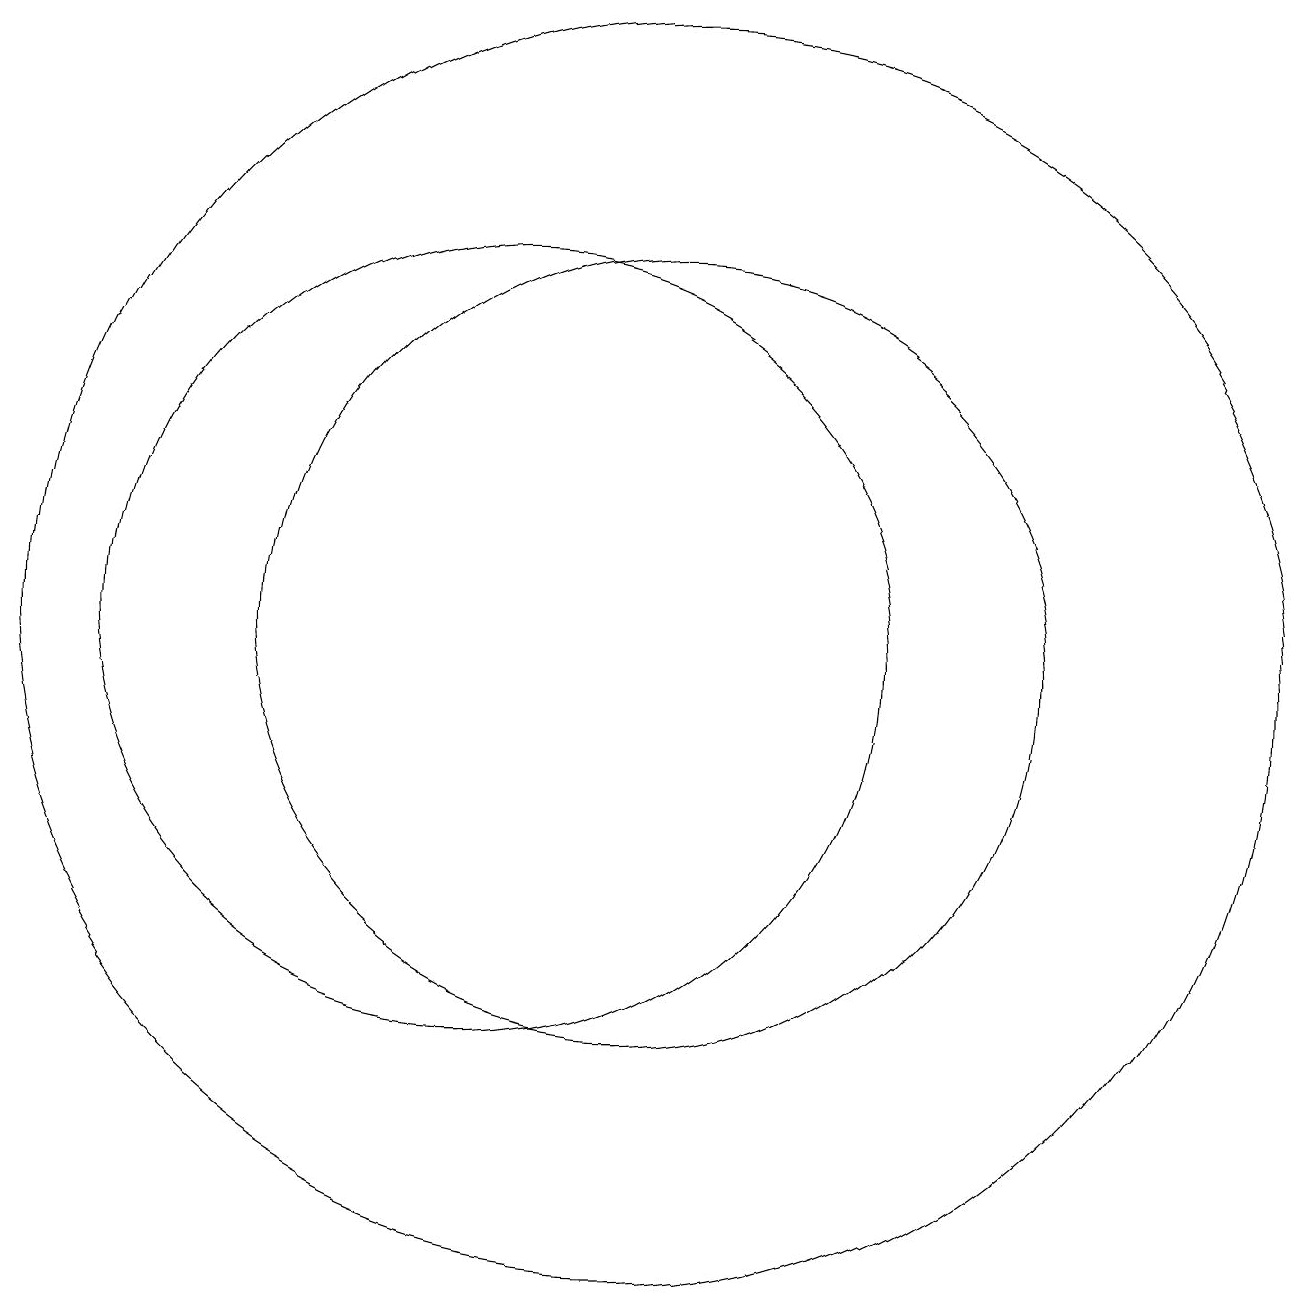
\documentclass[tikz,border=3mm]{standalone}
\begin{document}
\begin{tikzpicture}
\draw (10,12) circle (5);
\draw (12,12) circle (8);
\draw (11,11) circle (0);
\draw (12,12) circle (5);
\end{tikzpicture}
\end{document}